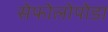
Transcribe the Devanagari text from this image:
सेफोलोपोडा